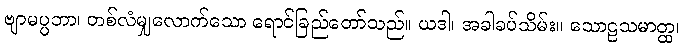
ဗျာမပ္ပဘာ၊ တစ်လံမျှလောက်သော ရောင်ခြည်တော်သည်။ ယဒါ၊ အခါခပ်သိမ်း။ သောဠသမာတ္ထ၊